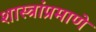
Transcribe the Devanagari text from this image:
शास्त्रांप्रमाणे